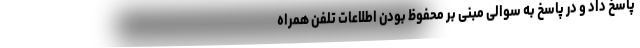
پاسخ داد و در پاسخ به سوالی مبنی بر محفوظ بودن اطلاعات تلفن همراه